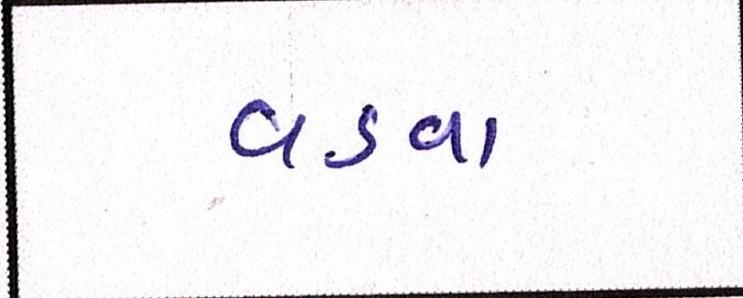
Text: વડવા